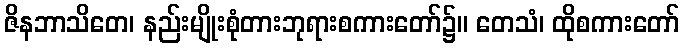
ဇိနဘာသိတေ၊ နည်းမျိုးစုံတားဘုရားစကားတော်၌။ တေသံ၊ ထိုစကားတော်